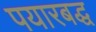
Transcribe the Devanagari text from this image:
पयारबद्ध